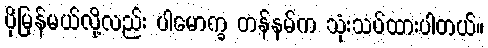
ပိုမြန်မယ်လို့လည်း ပါမောက္ခ တန်နမ်က သုံးသပ်ထားပါတယ်။